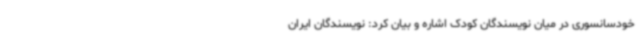
خودسانسوری در میان نویسندگان کودک اشاره و بیان کرد: نویسندگان ایران